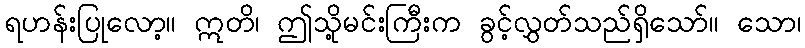
ရဟန်းပြုလော့။ ဣတိ၊ ဤသို့မင်းကြီးက ခွင့်လွှတ်သည်ရှိသော်။ သော၊